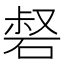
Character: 𥓍